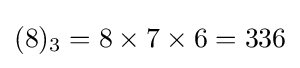
(8)_{3}=8\times 7\times 6=336